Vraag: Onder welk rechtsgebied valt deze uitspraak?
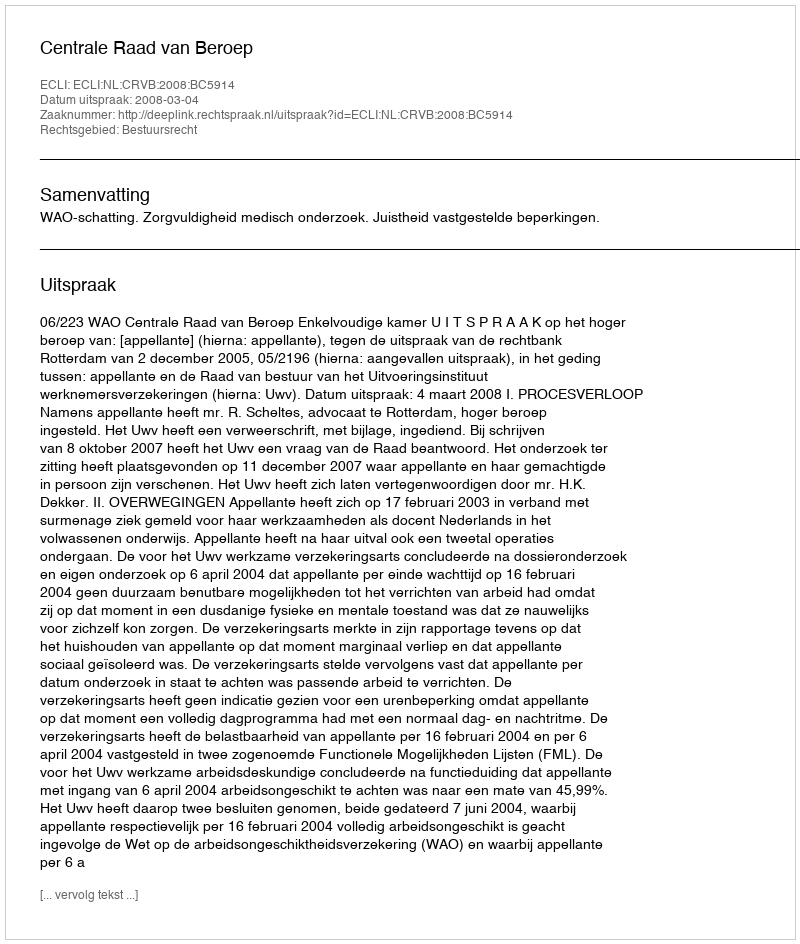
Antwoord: Bestuursrecht